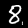
Digit: 8